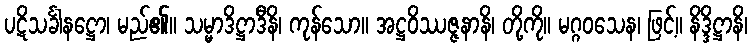
ပဋိသင်္ခါနဋ္ဌော၊ မည်၏။ သမ္မာဒိဋ္ဌာဒီနိ၊ ကုန်သော။ အဋ္ဌဝိဿဇ္ဇနာနိ၊ တို့ကို။ မဂ္ဂဝသေန၊ ဖြင့်။ နိဒ္ဒိဋ္ဌာနိ၊